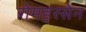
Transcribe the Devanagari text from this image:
रोमहरसेन